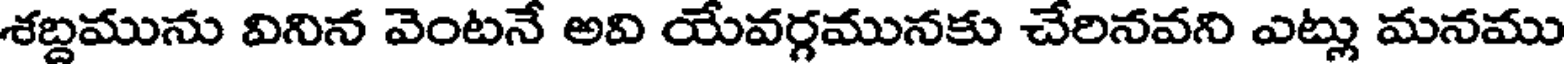
శబ్దమును వినిన వెంటనే అవి యేవర్గమునకు చేరినవని ఎట్లు మనము